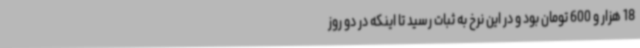
18 هزار و 600 تومان بود و در این نرخ به ثبات رسید تا اینکه در دو روز